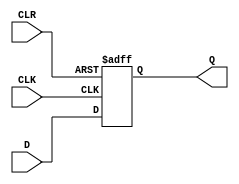
module d_flipflop (
    input D,     // Data input
    input CLK,   // Clock input
    input CLR,   // Clear input
    output reg Q // Output
);

always @(posedge CLK or posedge CLR) begin
    if (CLR) begin
        Q <= 1'b0; // Reset to known state
    end else begin
        Q <= D;    // Store value of D on rising edge of clock
    end
end

endmodule